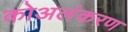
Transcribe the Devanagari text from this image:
कोअलंकरण